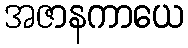
အဇာနကာယေ